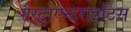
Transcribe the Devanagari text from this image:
गैस्ट्रोएन्टराइटिस